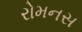
રોમનસ